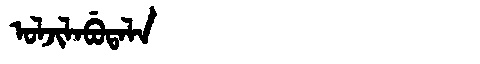
Manchu: ᠣᠯᠵᡳᠯᠠᠪᡠᡨᠠᠯᠠ
Romanization: OLJILABUTALA